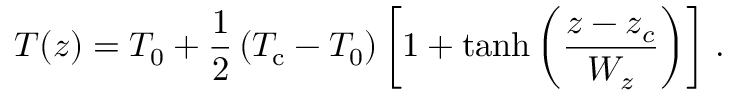
T ( z ) = T _ { 0 } + \frac { 1 } { 2 } \left( T _ { \mathrm { c } } - T _ { 0 } \right) \left[ 1 + \operatorname { t a n h } \left( \frac { z - z _ { c } } { W _ { z } } \right) \right] \, .